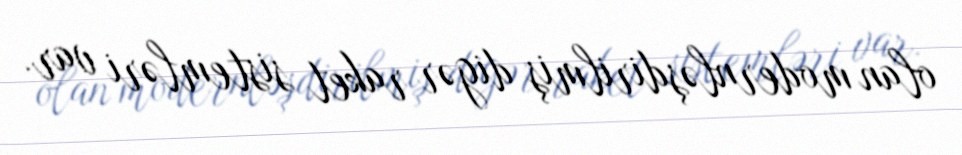
olan modernləşdirilmiş digər raket sistemləri var.